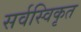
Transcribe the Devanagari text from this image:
सर्वस्विकृत